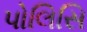
પોલિસિ